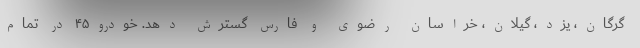
گرگان، یزد، گیلان، خراسان رضوی و فارس گسترش دهد. خودرو۴۵ در تمام